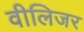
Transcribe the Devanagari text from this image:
वीलिजर